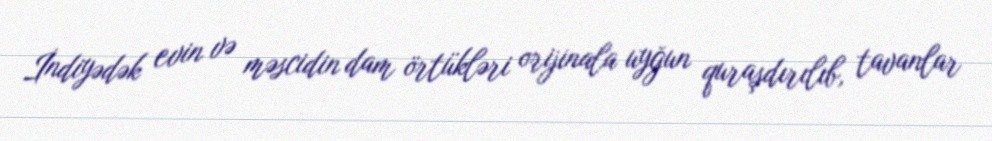
İndiyədək evin və məscidin dam örtükləri orijinala uyğun quraşdırılıb, tavanlar